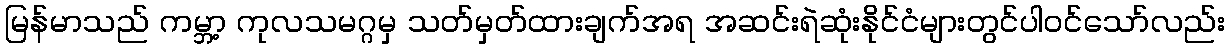
မြန်မာသည် ကမ္ဘာ့ ကုလသမဂ္ဂမှ သတ်မှတ်ထားချက်အရ အဆင်းရဲဆုံးနိုင်ငံများတွင်ပါဝင်သော်လည်း